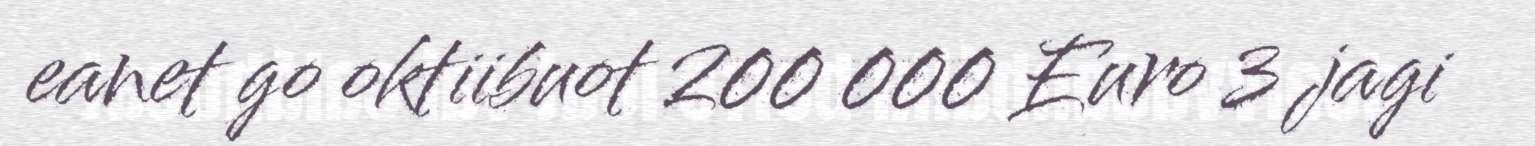
eanet go oktiibuot 200 000 Euro 3 jagi